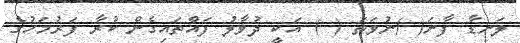
ލަނޑާ ފާނަ( )ނުވަތަ ( ) އަކީ ދުވާލު ފައްތައިގެން ކުރާ ފަރުމަހުގެ